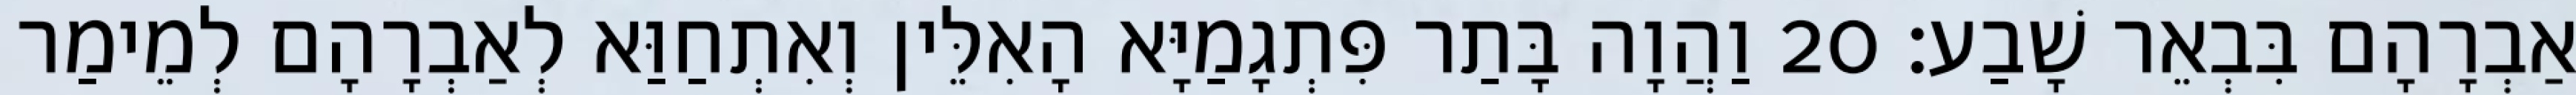
אַבְרָהָם בִּבְאֵר שָׁבַע׃ 20 וַהֲוָה בָּתַר פִּתְגָמַיָּא הָאִלֵּין וְאִתְחַוַּא לְאַבְרָהָם לְמֵימַר